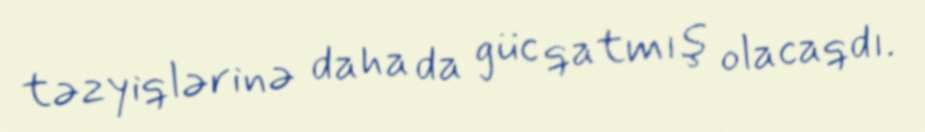
təzyiqlərinə daha da güc qatmış olacaqdı.